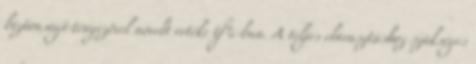
biztonsági tényezõvel növelt értéke tf%-ban. A teljes elárasztáshoz szükséges